65_HS1-834228961_62-HQ-83894_Section_5
Agency: FBI
Page 46
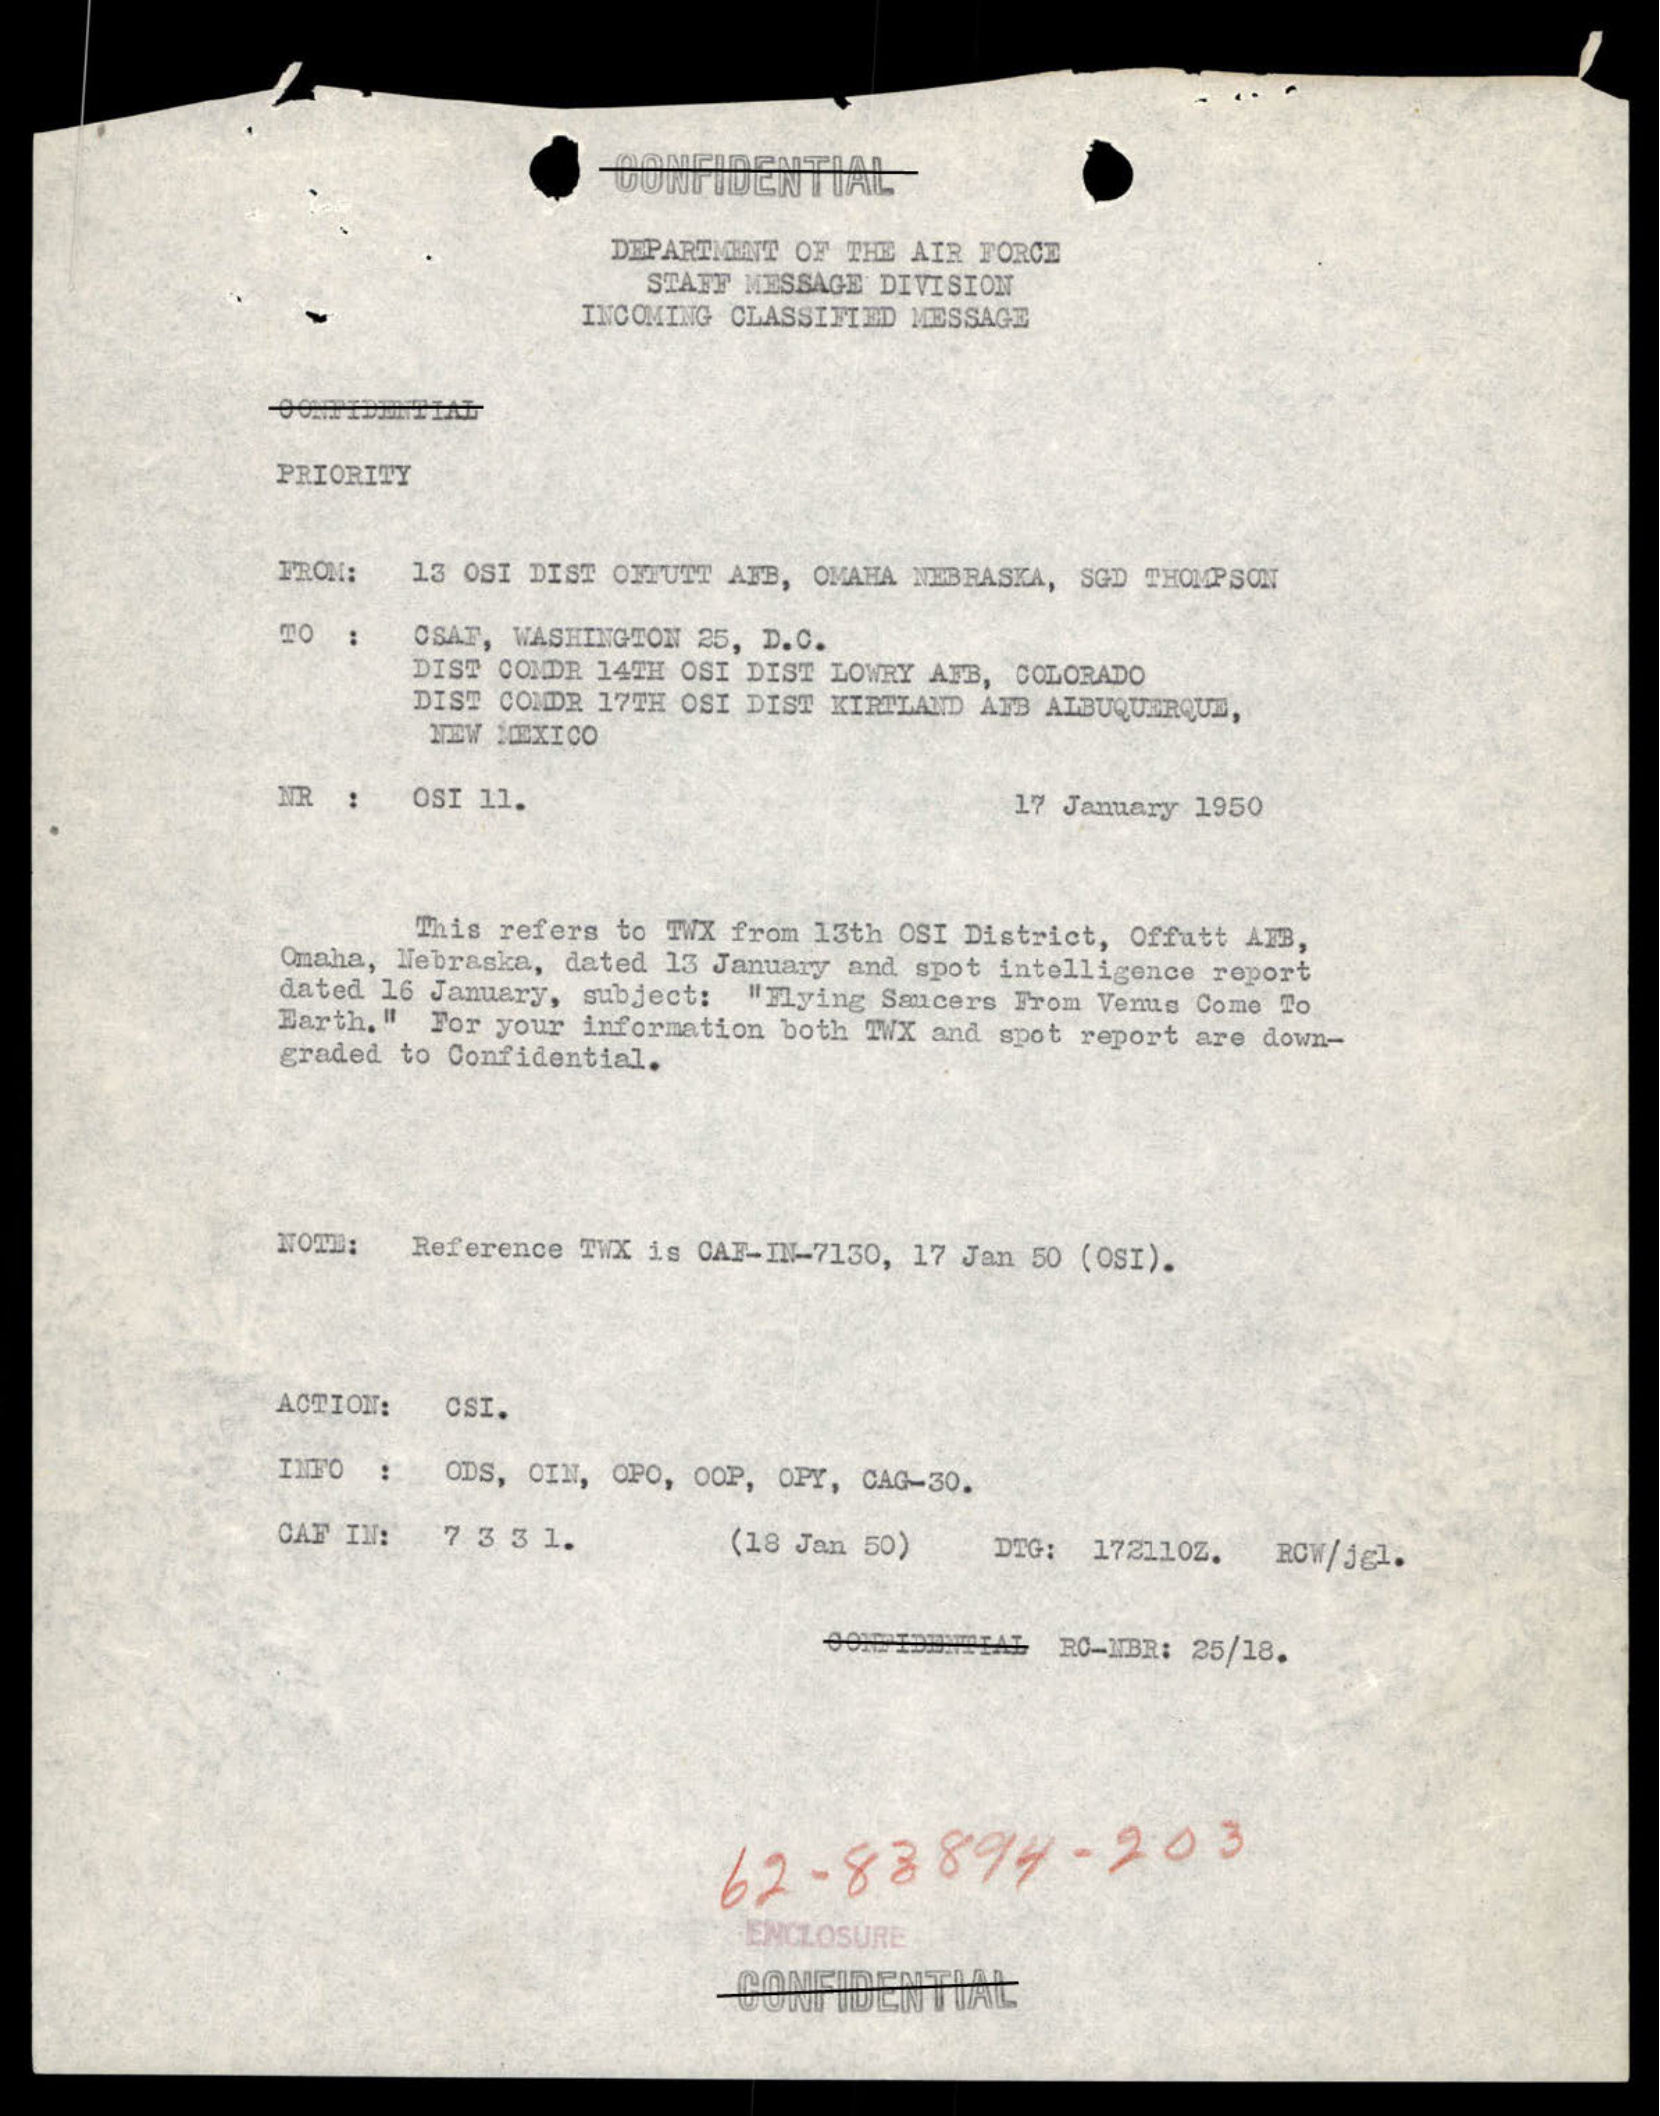